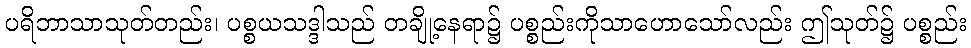
ပရိဘာသာသုတ်တည်း၊ ပစ္စယသဒ္ဒါသည် တချို့နေရာ၌ ပစ္စည်းကိုသာဟောသော်လည်း ဤသုတ်၌ ပစ္စည်း